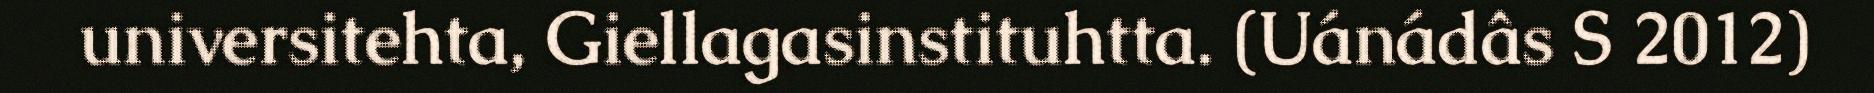
universitehta, Giellagasinstituhtta. (Uánádâs S 2012)